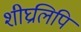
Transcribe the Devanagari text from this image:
शीघ्रलिपि